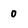
Character: 0